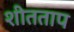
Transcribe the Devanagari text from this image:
शीतताप